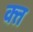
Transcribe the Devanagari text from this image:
क्‍त